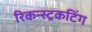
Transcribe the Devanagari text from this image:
रिकन्स्ट्रकटिंग